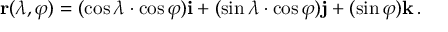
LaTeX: \mathbf { r } ( \lambda , \varphi ) = ( \cos { \lambda } \cdot \cos { \varphi } ) \mathbf { i } + ( \sin { \lambda } \cdot \cos { \varphi } ) \mathbf { j } + ( \sin { \varphi } ) \mathbf { k } \, .